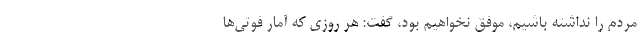
مردم را نداشته باشیم، موفق نخواهیم بود، گفت: هر روزی که آمار فوتی‌ها